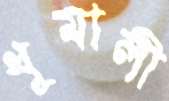
ধূমালী